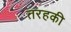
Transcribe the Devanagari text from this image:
तरहकी